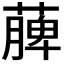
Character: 𮑎